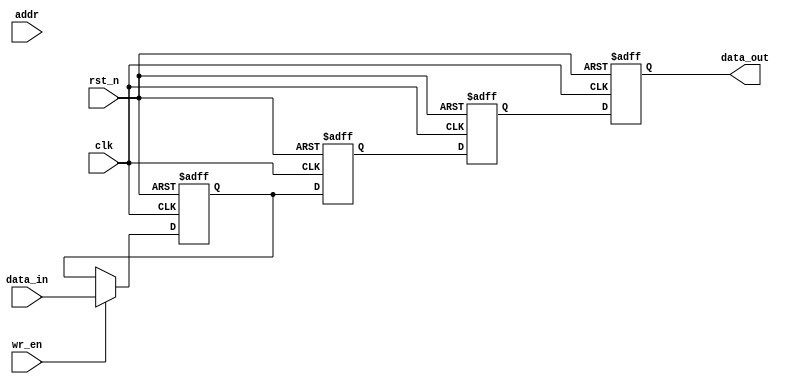
module MemoryBlocks #(
    parameter ADDR_WIDTH = 8,  // Address width
    parameter DATA_WIDTH = 16,  // Data width
    parameter MEM_SIZE = 256     // Number of memory words
)(
    input wire clk,               // Clock signal
    input wire rst_n,             // Active low reset
    input wire wr_en,             // Write enable signal
    input wire [ADDR_WIDTH-1:0] addr, // Address input
    input wire [DATA_WIDTH-1:0] data_in, // Data input
    output wire [DATA_WIDTH-1:0] data_out // Data output
);

    // Memory array
    reg [DATA_WIDTH-1:0] memory [0:MEM_SIZE-1];

    // Address decoder
    wire [DATA_WIDTH-1:0] selected_data;
    assign selected_data = memory[addr];

    // Safe delay line (4-stage)
    reg [DATA_WIDTH-1:0] delay_line [0:3];
    integer i;

    // Control logic
    always @(posedge clk or negedge rst_n) begin
        if (!rst_n) begin
            // Reset memory and delay line
            for (i = 0; i < MEM_SIZE; i = i + 1) begin
                memory[i] <= 0;
            end
            for (i = 0; i < 4; i = i + 1) begin
                delay_line[i] <= 0;
            end
        end else begin
            // Write operation
            if (wr_en) begin
                memory[addr] <= data_in; // Write data to memory
            end
            
            // Shift data through the delay line
            delay_line[0] <= wr_en ? data_in : delay_line[0];
            for (i = 1; i < 4; i = i + 1) begin
                delay_line[i] <= delay_line[i-1];
            end
        end
    end

    // Read operation with safe delay
    assign data_out = delay_line[3]; // Output the last stage of the delay line

endmodule